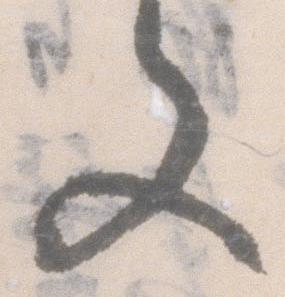
文